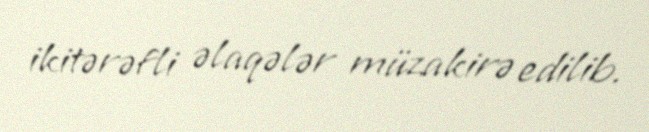
ikitərəfli əlaqələr müzakirə edilib.